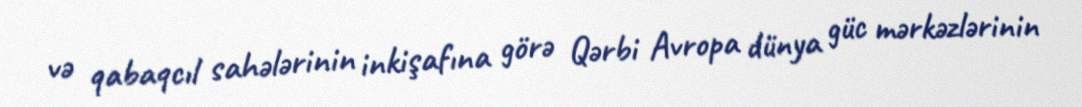
və qabaqcıl sahələrinin inkişafına görə Qərbi Avropa dünya güc mərkəzlərinin